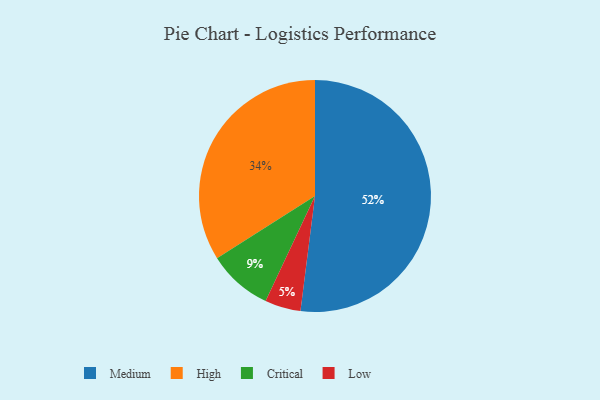
{"axis": {"x": "Category", "y": "Percentage"}, "legend": ["Critical", "High", "Low", "Medium"], "data": [{"x": "Critical", "y": 9, "type": "Critical"}, {"x": "High", "y": 34, "type": "High"}, {"x": "Low", "y": 5, "type": "Low"}, {"x": "Medium", "y": 52, "type": "Medium"}]}